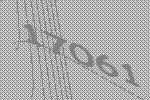
17061